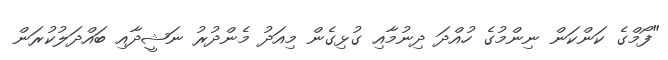
"ފޯމްގެ ކަންކަން ނިންމުގެ ހުއްދަ ދިނުމާއި ގުޅިގެން މިއަދު މެންދުރު ނަޝީދާއި ބައްދަލުކުރަން